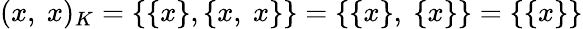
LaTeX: (x,\ x)_{K}=\{ \{ x\} ,\{ x,\ x\} \} =\{ \{ x\} ,\ \{ x\} \} =\{ \{ x\} \}